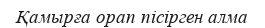
Қамырға орап пісірген алма